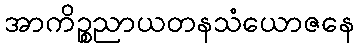
အာကိဉ္စညာယတနသံယောဇနေ